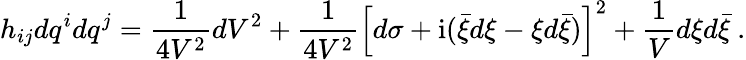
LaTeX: h_{ij}dq^{i}dq^{j}=\frac{1}{4V^{2}}dV^{2}+\frac{1}{4V^{2}}\left[d\sigma+\mathrm{i}(\bar{\xi}d\xi-\xi d\bar{\xi})\right]^{2}+\frac{1}{V}d\xi d\bar{\xi}\ .